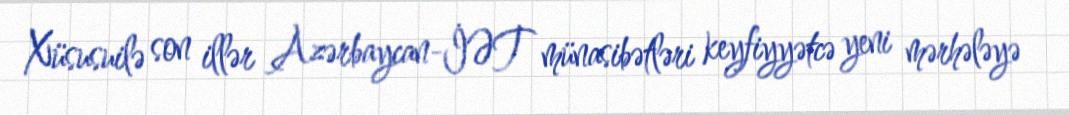
Xüsusuilə son illər Azərbaycan-İƏT münasibətləri keyfiyyətcə yeni mərhələyə